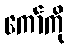
ကော်ကို